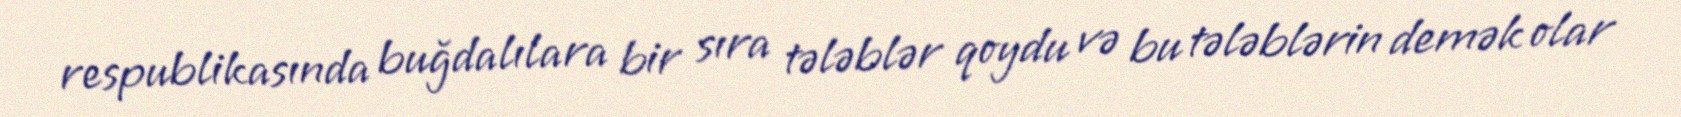
respublikasında buğdalılara bir sıra tələblər qoydu və bu tələblərin demək olar